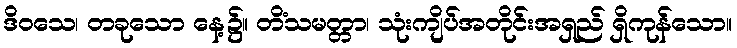
ဒိဝသေ၊ တခုသော နေ့၌။ တိံသမတ္တာ၊ သုံးကျိပ်အတိုင်းအရှည် ရှိကုန်သော။